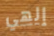
إلهي